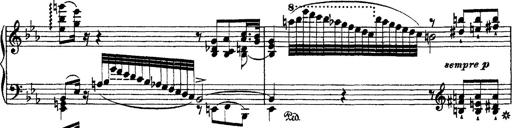
Title: Ã‰tudes d'exÃ©cution transcendante d'aprÃ¨s Paganini
Composer: Franz Liszt